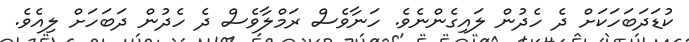
ކުޑަދަބަހަކަށް ދެ ހެދުން ލައިގެންނެވެ. ހަނާވެސް ރަމްލާވެސް ދެ ހެދުން ދަބަހަށް ލިއެވެ.